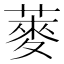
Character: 𫉍